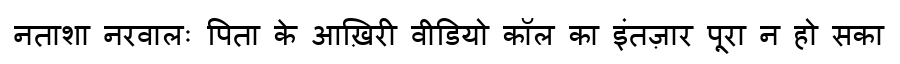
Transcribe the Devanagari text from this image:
नताशा नरवालः पिता के आख़िरी वीडियो कॉल का इंतज़ार पूरा न हो सका